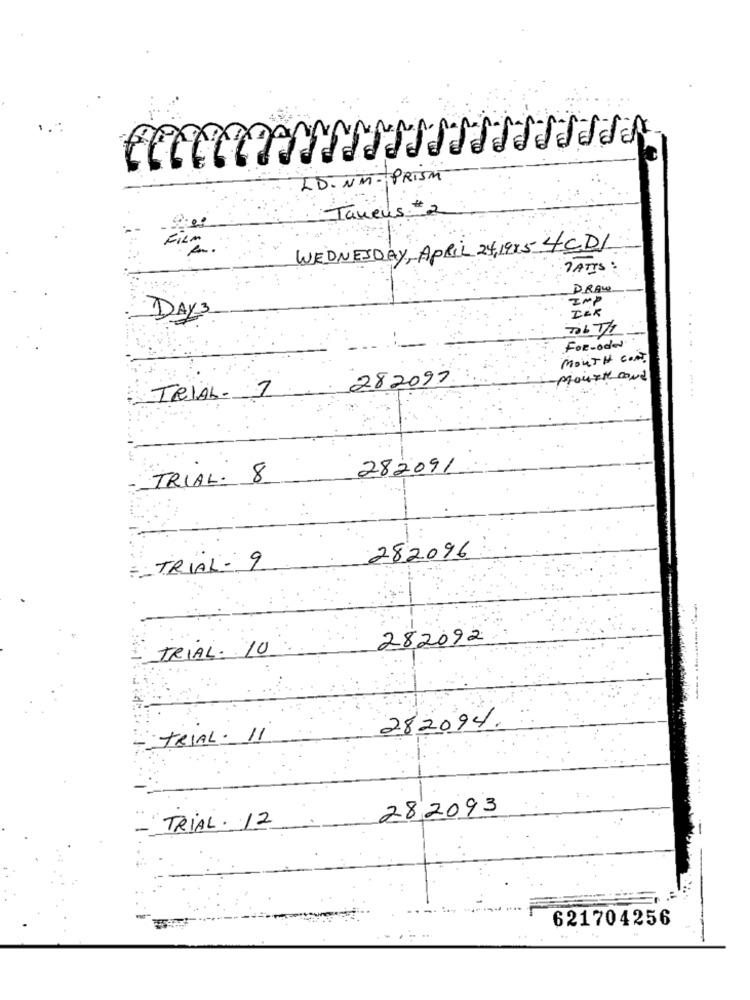
LD . NM - PRISM
Taneus
FILM
WEDNESDAY, APRIL 24,1995 4CD/
TATIS
DRAW.
IMP
IEK
DAYS
FOR - oder
MOUTH CONT.
282097
mount cond
TRIAL
.........
282091.
TRIAL. 8
282096
== TRIAL- 9
282092
TRIAL. 10
282094.
TRIAL. 11
282093
TRIAL. 12
621704256